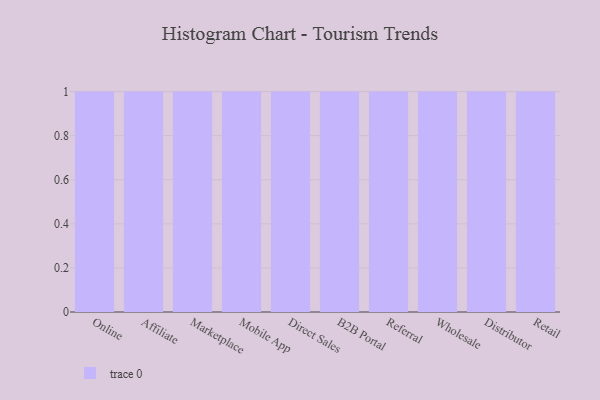
{"axis": {"x": "Channel", "y": "Page Views"}, "legend": [""], "data": [{"x": "Online", "y": 51, "type": ""}, {"x": "Affiliate", "y": 32, "type": ""}, {"x": "Marketplace", "y": 82, "type": ""}, {"x": "Mobile App", "y": 79, "type": ""}, {"x": "Direct Sales", "y": 6, "type": ""}, {"x": "B2B Portal", "y": 6, "type": ""}, {"x": "Referral", "y": 67, "type": ""}, {"x": "Wholesale", "y": 87, "type": ""}, {"x": "Distributor", "y": 22, "type": ""}, {"x": "Retail", "y": 99, "type": ""}]}